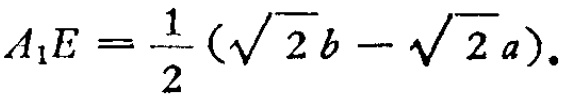
\(A_{1}E = \frac{1}{2}(\sqrt{2}b - \sqrt{2}a).\)